Vaccination in Burma 1920-1933 - 1920-1933
Year: 1920
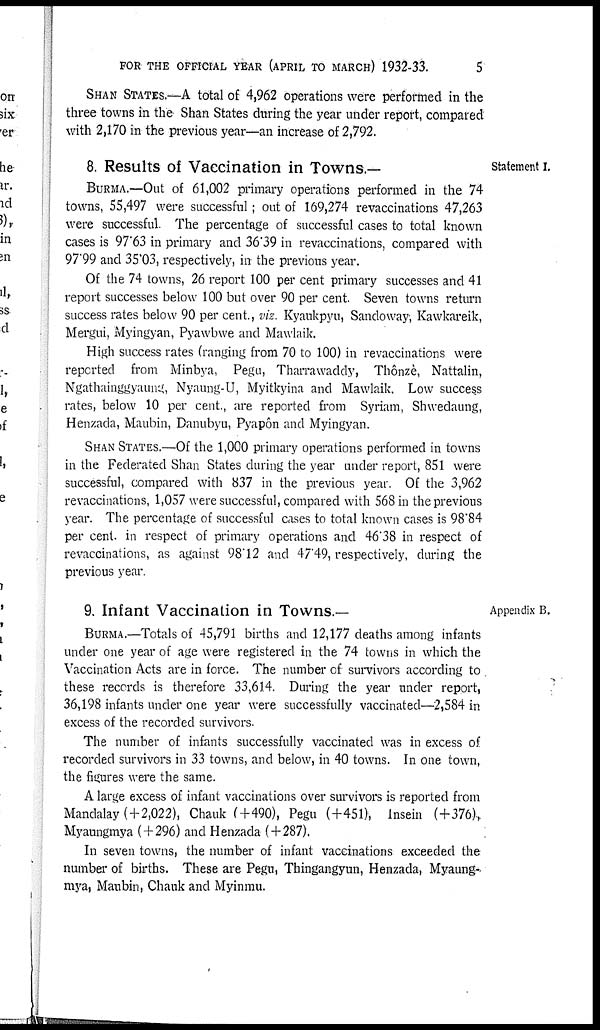
FOR THE OFFICIAL YEAR (APRIL TO MARCH) 1932-33.
5
SHAN STATES.—A total of 4,962 operations were performed in the
three towns in the Shan States during the year under report, compared
with 2,170 in the previous year—an increase of 2,792.
Statement I.
8. Results of Vaccination in Towns.—
BURMA.—Out of 61,002 primary operations performed in the 74
towns, 55,497 were successful; out of 169,274 revaccinations 47,263
were successful. The percentage of successful cases to total known
cases is 97.63 in primary and 36.39 in revaccinations, compared with
97.99 and 35.03, respectively, in the previous year.
Of the 74 towns, 26 report 100 per cent primary successes and 41
report successes below 100 but over 90 per cent. Seven towns return
success rates below 90 per cent., viz. Kyaukpyu, Sandoway, Kawkareik,
Mergui, Myingyan, Pyawbwe and Mawlaik.
High success rates (ranging from 70 to 100) in revaccinations were
reported from Minbya, Pegu, Tharrawaddy, Thônzè, Nattalin,
Ngathainggyaung, Nyaung-U, Myitkyina and Mawlaik. Low success
rates, below 10 per cent., are reported from Syriam, Shwedaung,
Henzada, Maubin, Danubyu, Pyapôn and Myingyan.
SHAN STATES.—Of the 1,000 primary operations performed in towns
in the Federated Shan States during the year under report, 851 were
successful, compared with 837 in the previous year. Of the 3,962
revaccinations, 1,057 were successful, compared with 568 in the previous
year. The percentage of successful cases to total known cases is 98.84
per cent. in respect of primary operations and 46.38 in respect of
revaccinations, as against 98.12 and 47.49, respectively, during the
previous year.
Appendix B.
9. Infant Vaccination in Towns.—
BURMA.—Totals of 45,791 births and 12,177 deaths among infants
under one year of age were registered in the 74 towns in which the
Vaccination Acts are in force. The number of survivors according to
these records is therefore 33,614. During the year under report,
36,198 infants under one year were successfully vaccinated—2,584 in
excess of the recorded survivors.
The number of infants successfully vaccinated was in excess of
recorded survivors in 33 towns, and below, in 40 towns. In one town,
the figures were the same.
A large excess of infant vaccinations over survivors is reported from
Mandalay ( + 2,022), Chauk (+490), Pegu (+451), Insein (+376),
Myaungmya (+296) and Henzada ( + 287).
In seven towns, the number of infant vaccinations exceeded the
number of births. These are Pegu, Thingangyun, Henzada, Myaung-
mya, Maubin, Chauk and Myinmu.